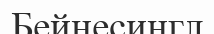
Бейнесингл